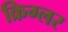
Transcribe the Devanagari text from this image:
क्रिग्लर